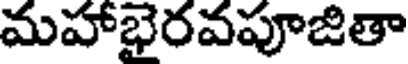
మహాభైరవపూజితా